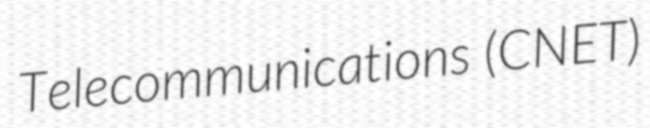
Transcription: Telecommunications (CNET)